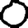
Digit: 0